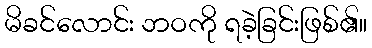
မိခင်လောင်း ဘဝကို ရခဲ့ခြင်းဖြစ်၏။